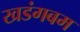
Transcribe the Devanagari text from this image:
खडंगबम